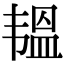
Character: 韫